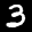
Label: 3